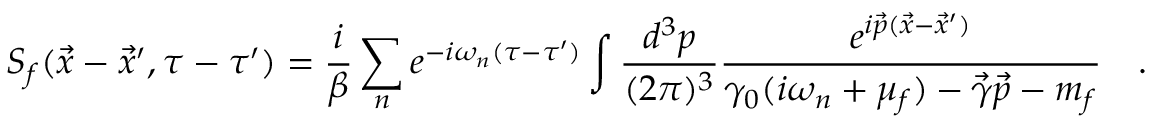
S _ { f } ( \vec { x } - \vec { x } ^ { \prime } , \tau - \tau ^ { \prime } ) = \frac { i } { \beta } \sum _ { n } e ^ { - i \omega _ { n } ( \tau - \tau ^ { \prime } ) } \int \frac { d ^ { 3 } p } { ( 2 \pi ) ^ { 3 } } \frac { e ^ { i \vec { p } ( \vec { x } - \vec { x } ^ { \prime } ) } } { \gamma _ { 0 } ( i \omega _ { n } + \mu _ { f } ) - \vec { \gamma } \vec { p } - m _ { f } } \quad .